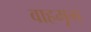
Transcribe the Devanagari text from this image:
वाहमृग